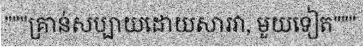
"""គ្រាន់សប្បាយដោយសារវា, មួយទៀត"""